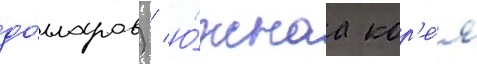
до́лларов) / ю́жнаа кор'е́я